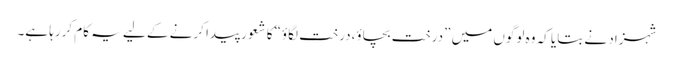
شہزاد نے بتایا کہ وہ لوگوں میں ”درخت بچاؤ،درخت لگاؤ“کا شعور پیدا کرنے کے لیے یہ کام کررہا ہے۔